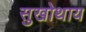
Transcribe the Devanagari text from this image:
सुखोथाय